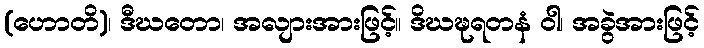
(ဟောတိ)၊ ဒီဃတော၊ အလျားအားဖြင့်။ ဒိဃဍ္ဎရတနံ ဝါ၊ အခွဲအားဖြင့်